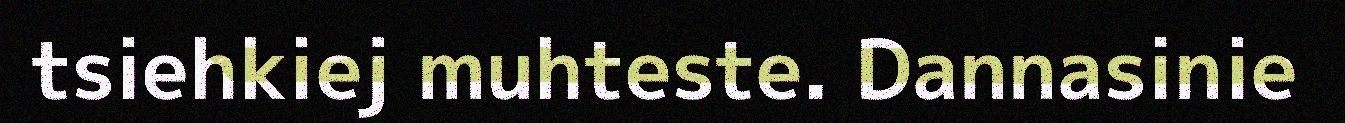
tsiehkiej muhteste. Dannasinie